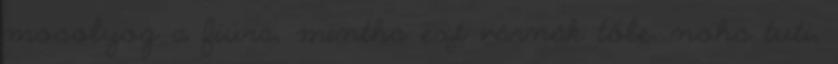
mosolyog a fiúra, mintha ezt várnák tőle, noha tuti,